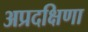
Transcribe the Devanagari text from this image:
अप्रदक्षिणा